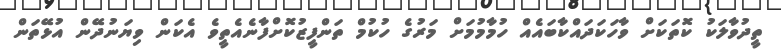
ތީދުވާލަކު ކޮތަކަށް ވާހަކަދައްކާބައެއް ހުމާމުމަށް މަރުގެ ހުކުމް ތަންފީޒުކޮށްފާނެއެތީވެ އެކަން ވިޔަނުދޭން އުޅޭތަން